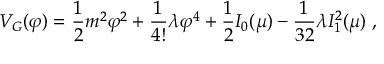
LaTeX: { \cal V } _ { G } ( \varphi ) = { \frac { 1 } { 2 } } m ^ { 2 } \varphi ^ { 2 } + { \frac { 1 } { 4 ! } } \lambda \varphi ^ { 4 } + { \frac { 1 } { 2 } } I _ { 0 } ( \mu ) - { \frac { 1 } { 3 2 } } \lambda I _ { 1 } ^ { 2 } ( \mu ) \; ,